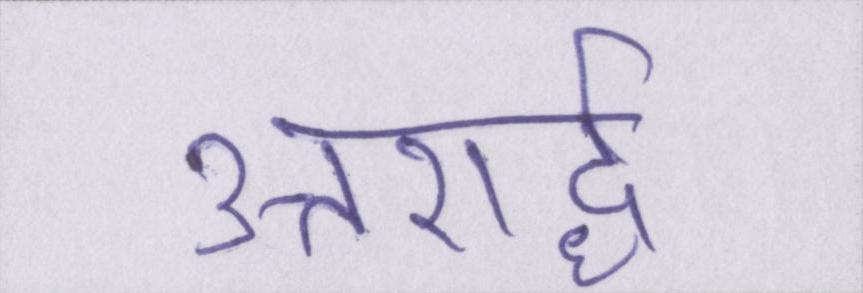
उत्तरार्द्ध